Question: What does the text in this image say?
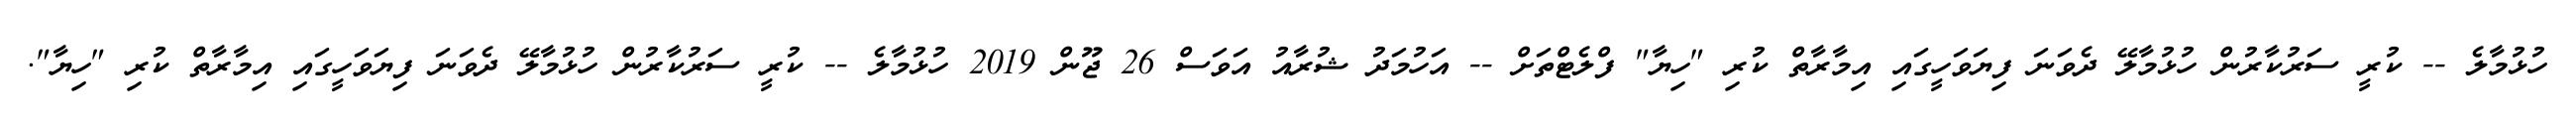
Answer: ހުޅުމާލެ -- ކުރީ ސަރުކާރުން ހުޅުމާލޭ ދެވަނަ ފިޔަވަހީގައި އިމާރާތް ކުރި "ހިޔާ" ފްލެޓްތަށް -- އަހުމަދު ޝުރާއު އަވަސް 26 ޖޫން 2019 ހުޅުމާލެ -- ކުރީ ސަރުކާރުން ހުޅުމާލޭ ދެވަނަ ފިޔަވަހީގައި އިމާރާތް ކުރި "ހިޔާ".